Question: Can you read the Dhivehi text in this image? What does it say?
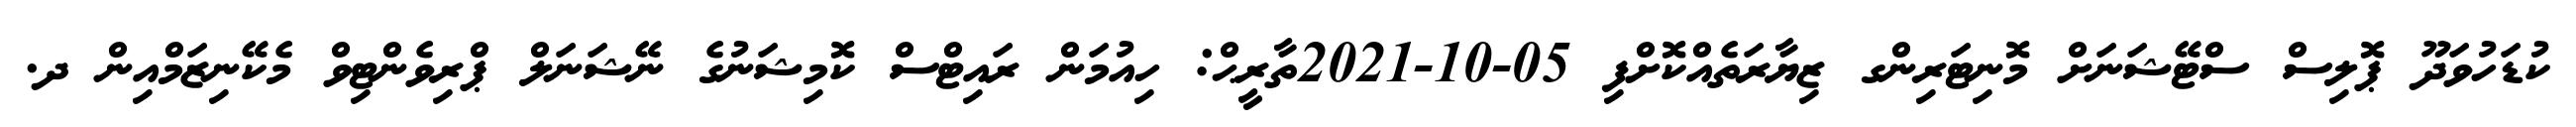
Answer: ކުޑަހުވަދޫ ޕޮލިސް ސްޓޭޝަނަށް މޮނިޓަރިންގ ޒިޔާރަތެއްކޮށްފި 05-10-2021ތާރީޙް: ހިއުމަން ރައިޓްސް ކޮމިޝަނުގެ ނޭޝަނަލް ޕްރިވެންޓިވް މެކޭނިޒަމްއިން ދ.